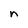
Character: n